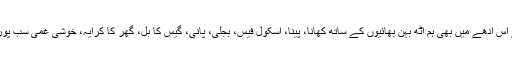
امّاں نے اس آدھے میں بھی ہم آٹھ بہن بھائیوں کے ساتھ کھانا، پینا، اسکول فیس، بجلی، پانی، گیس کا بل، گھر کا کرایہ، خوشی غمی سب پورا کردیا۔